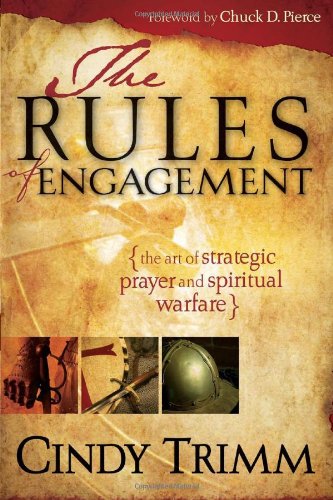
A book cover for The Rules of Engagement; Cindy Trimm; Christian Books & Bibles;